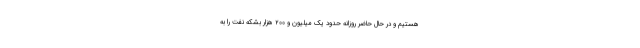
هستیم و در حال حاضر روزانه حدود یک میلیون و ۲۰۰ هزار بشکه نفت را به